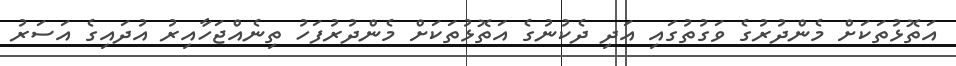
އަތޮޅުތަކަށް މެންދުރުގެ ވަގުތުގައި އަދި ދެކުނުގެ އަތޮޅުތަކަށް މެންދުރުފަހު ތިނެއްޖަހާއިރު އުދައިގެ އަސަރު